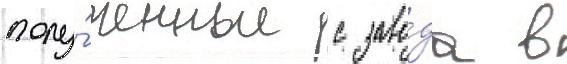
полу́ченные с заво́да в